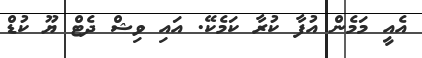
އެއީ މަމެން އުފާ ކުރާ ކަމެކޭ. އައި ވިޝް ދެޓް ޔޫ ކުޑް